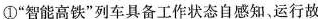
①”智能高铁”列车具备工作状态自感知，运行故